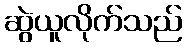
ဆွဲယူလိုက်သည်